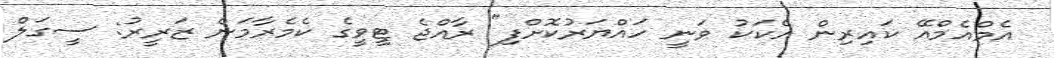
އެމްއެމްއޭ ކައިރިން އެކަކު ވަނީ ހައްޔަރުކޮށްފި" ރާއްޖެ ޓީވީގެ ކެމެރާމަން ޒަރީރު: ސީގަލް